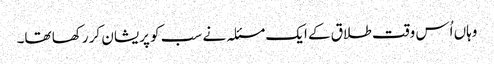
وہاں اُس وقت طلاق کے ایک مسئلہ نے سب کو پریشان کر رکھا تھا۔